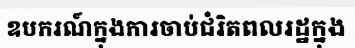
ឧបករណ៍ក្នុងការចាប់ជំរិតពលរដ្ឋក្នុង